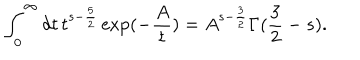
\int _ { 0 } ^ { \infty } d t \, t ^ { s - \frac { 5 } { 2 } } \exp ( - \frac { A } { t } ) = A ^ { s - \frac { 3 } { 2 } } \Gamma ( \frac { 3 } { 2 } - s ) .